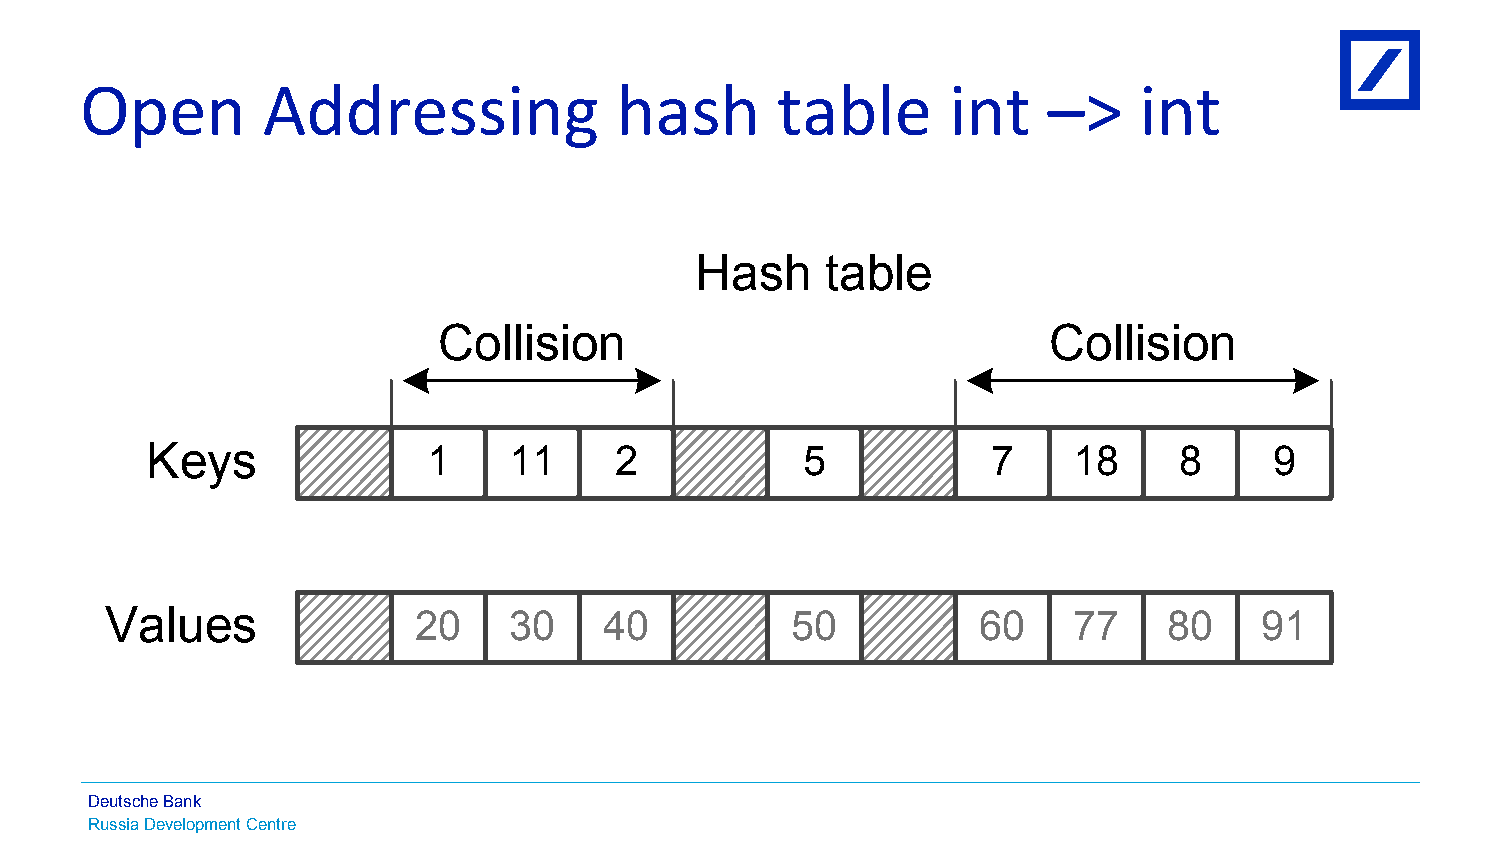
Open        Addressing              hash      table       int   –>    int
 Hash     table
 Collision                               Collision
 Keys              1     11     2           5            7    18     8     9
 Values              20     30    40          50           60    77    80    91
 Deutsche Bank
 Russia Development Centre